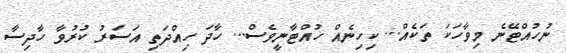
ނުހުއްޓޭނެ މިވާހަކަ ތަކެއް... ކިހިނެއް ހުއްޓާނީވެސް... ހާދަ ހިއްދަތި އަސަރު ކުރުވާ ހާދިސާ